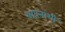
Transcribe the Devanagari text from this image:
भावनांशी